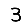
Digit: 3